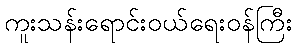
ကူးသန်းရောင်းဝယ်ရေးဝန်ကြီး